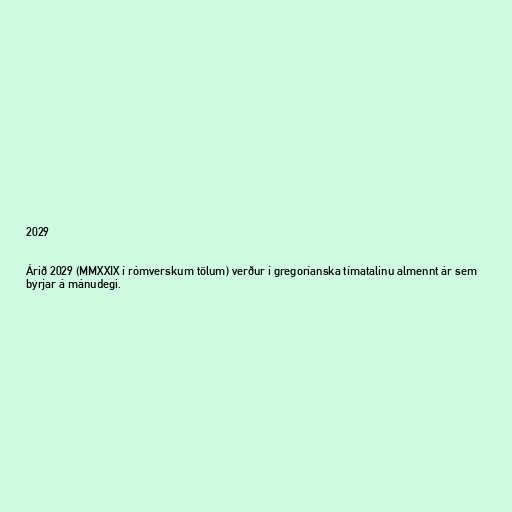
2029

Árið 2029 (MMXXIX í rómverskum tölum) verður í gregoríanska tímatalinu almennt ár sem
byrjar á mánudegi.